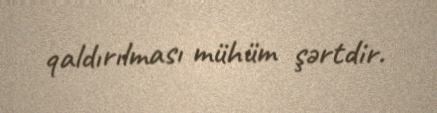
qaldırılması mühüm şərtdir.